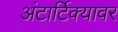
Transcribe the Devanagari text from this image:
अंटार्टिक्यावर